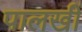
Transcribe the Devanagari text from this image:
पालखीं